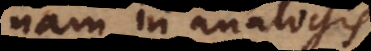
nam in analogis